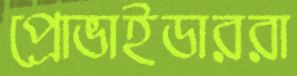
প্রোভাইডাররা